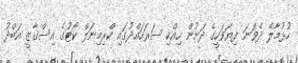
ހުޅުމާލޭ ދެވަނަ ފިޔަވަހީގެ ދަށުން ހިއްކި ސަރަހައްދުގައި ކްރިމިނަލް ކޯޓުގެ އިސްގާޒީ އަބްދު